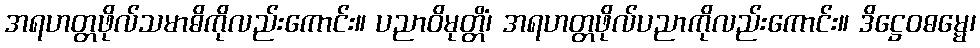
အရဟတ္တဖိုလ်သမာဓိကိုလည်းကောင်း။ ပညာဝိမုတ္တိံ၊ အရဟတ္တဖိုလ်ပညာကိုလည်းကောင်း။ ဒိဋ္ဌေဝဓမ္မေ၊